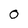
Character: 0